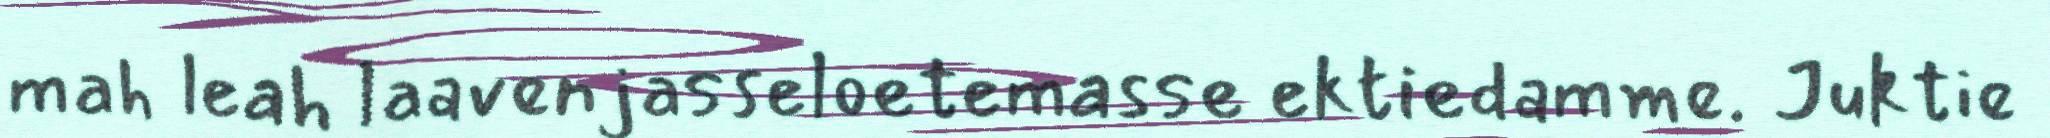
mah leah laavenjasseloetemasse ektiedamme. Juktie